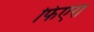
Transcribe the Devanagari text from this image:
फिएरा